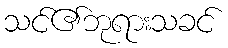
သင်၏ဘုရားသခင်